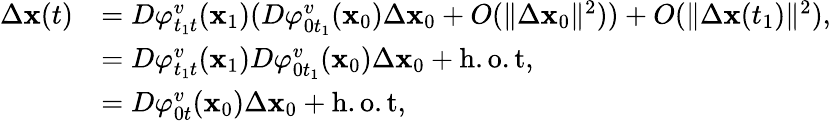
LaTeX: \begin{array}{rl}{\Delta\textbf{x}(t)}&{=D\varphi_{t_{1}t}^{v}(\textbf{x}_{1})(D\varphi_{0t_{1}}^{v}(\textbf{x}_{0})\Delta\textbf{x}_{0}+O(\| \Delta\textbf{x}_{0}\| ^{2}))+O(\| \Delta\textbf{x}(t_{1})\| ^{2}),}\\ &{=D\varphi_{t_{1}t}^{v}(\textbf{x}_{1})D\varphi_{0t_{1}}^{v}(\textbf{x}_{0})\Delta\textbf{x}_{0}+\mathrm{h.o.t},}\\ &{=D\varphi_{0t}^{v}(\textbf{x}_{0})\Delta\textbf{x}_{0}+\mathrm{h.o.t},}\end{array}